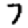
Digit: 7